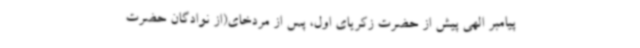
پیامبر الهی پیش از حضرت زکریای اول، پس از مردخای(از نوادگان حضرت